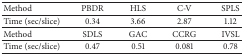
| Method | PBDR | HLS | C-V | SPLS |
 | --- | --- | --- | --- | --- |
 | Time (sec/slice) | 0.34 | 3.66 | 2.87 | 1.12 |
 | Method | SDLS | GAC | CCRG | IVSL |
 | Time (sec/slice) | 0.47 | 0.51 | 0.081 | 0.78 |